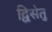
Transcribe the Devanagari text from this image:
द्विसेतु